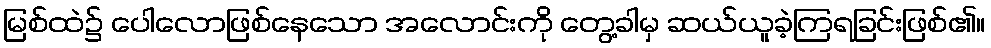
မြစ်ထဲ၌ ပေါလောဖြစ်နေသော အလောင်းကို တွေ့ခါမှ ဆယ်ယူခဲ့ကြရခြင်းဖြစ်၏။